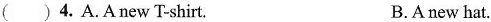
( ) 4. A. Anew T-shirt. B. Anew hat.